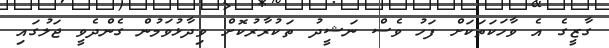
ގާޒީގެ އެ ވާހަކަތަކަށް ފަހު ވެސް ނަޝީދު ތަކުރާރުކޮށް ވިދާޅުވަމުން ގެންދެވީ ޖަލުގައި